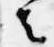
者